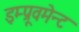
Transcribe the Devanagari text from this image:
इम्प्रूवमेन्ट